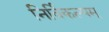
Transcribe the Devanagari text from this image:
निर्विकल्पम्